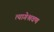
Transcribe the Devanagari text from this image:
त्यागेश्रवण